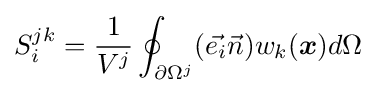
S_{i}^{jk}={1 \over V^{j}}\oint _{\partial \Omega ^{j}}({\vec {e_{i}}}{\vec {n}})w_{k}({\boldsymbol {x}})d\Omega